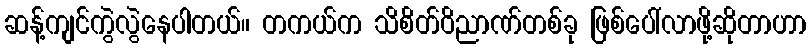
ဆန့်ကျင်ကွဲလွဲနေပါတယ်။ တကယ်က သိစိတ်ဝိညာဏ်တစ်ခု ဖြစ်ပေါ်လာဖို့ဆိုတာဟာ